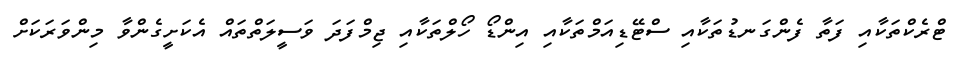
ޓްރެކްތަކާއި ފަތާ ފެންގަނޑުތަކާއި ސްޓޭޑިއަމްތަކާއި އިންޑޯ ހޯލްތަކާއި ޖިމްފަދަ ވަސީލަތްތައް އެކަށީގެންވާ މިންވަރަކަށް